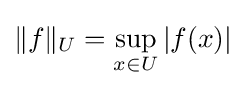
\|f\|_{U}=\sup _{x\in U}{|f(x)|}